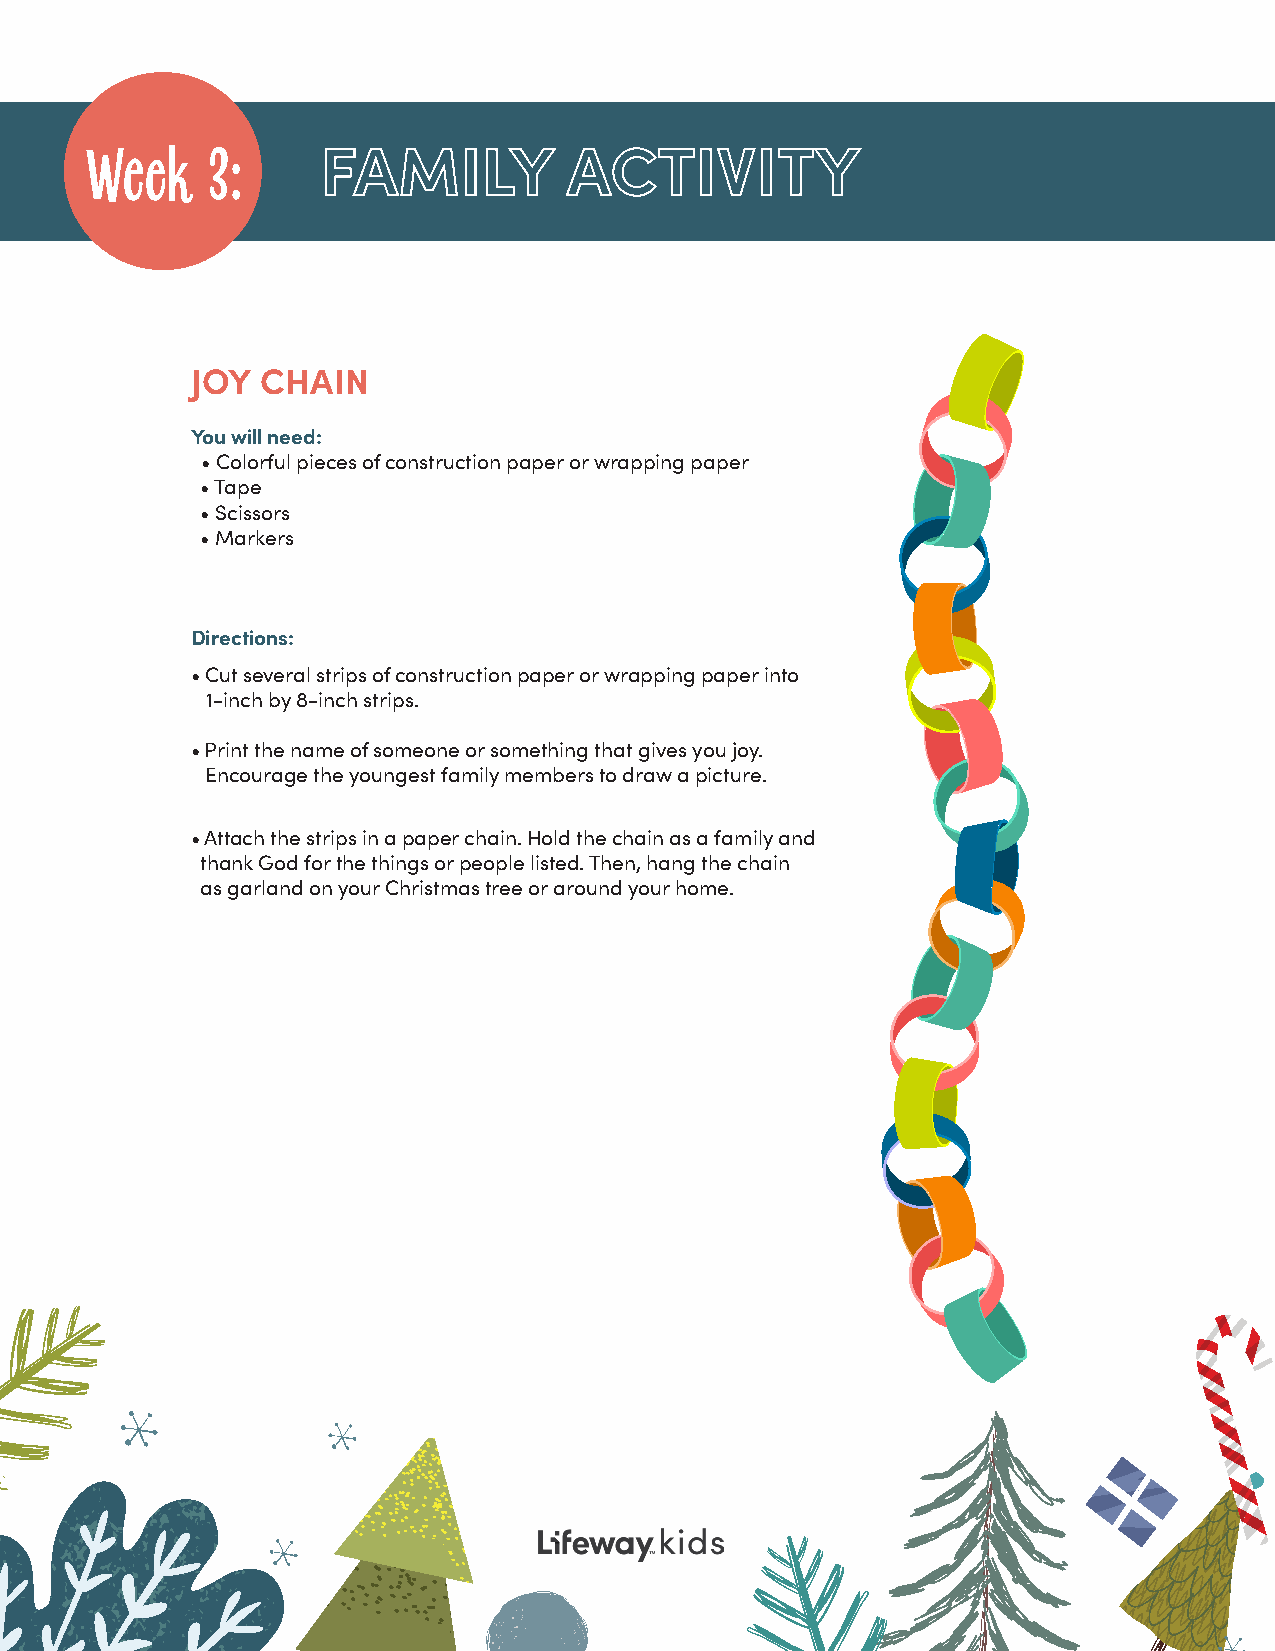
Week    3:     FAMILY           ACTIVITY
 JOY CHAIN
 You will need:
 • Colorful pieces of construction paper or wrapping paper
 • Tape
 • Scissors
 • Markers
 Directions:
 • Cut several strips of construction paper or wrapping paper into
 1-inch by 8-inch strips.
 • Print the name of someone or something that gives you joy.
 Encourage the youngest family members to draw a picture.
 • Attach the strips in a paper chain. Hold the chain as a family and
 thank God for the things or people listed. Then, hang the chain
 as garland on your Christmas tree or around your home.